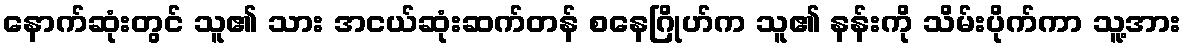
နောက်ဆုံးတွင် သူ၏ သား အငယ်ဆုံးဆက်တန် စနေဂြိုဟ်က သူ၏ နန်းကို သိမ်းပိုက်ကာ သူ့အား